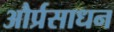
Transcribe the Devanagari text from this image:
और्प्रसाधन